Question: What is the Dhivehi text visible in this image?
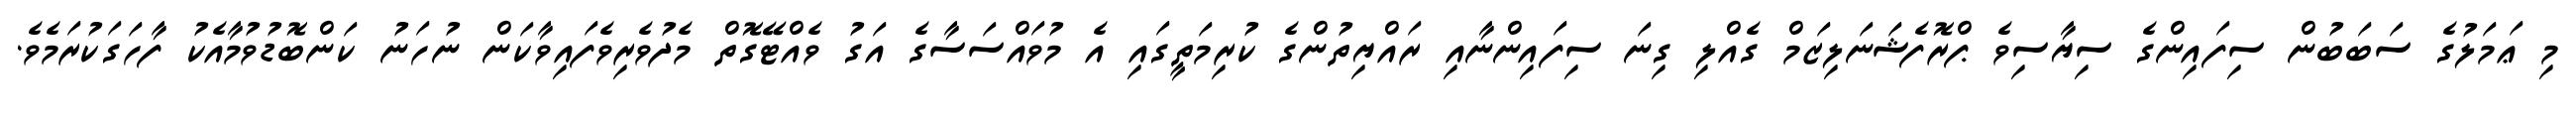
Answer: މި ޢަމަލުގެ ސަބަބުން ސިފައިންގެ ސިޔާސިވެ ޕްރޮފެޝަނަލިޒަމް ގެއްލި ގިނަ ސިފައިންނާއި ރައްޔިތުންގެ ކުރިމަތީގައި އެ މުވައްސަސާގެ އަގު ވެއްޓޭގޮތް މެދުވެރިވެފައިވާކަން ނުހަނު ކަންބޮޑުވުމާއެކު ފާހަގަކުރަމެވެ.